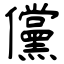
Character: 儻